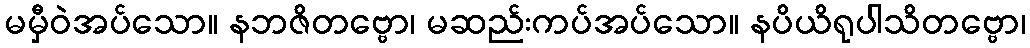
မမှီဝဲအပ်သော။ နဘဇိတဗ္ဗော၊ မဆည်းကပ်အပ်သော။ နပိယိရုပါသိတဗ္ဗော၊